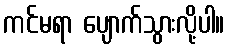
ကင်မရာ ပျောက်သွားလို့ပါ။